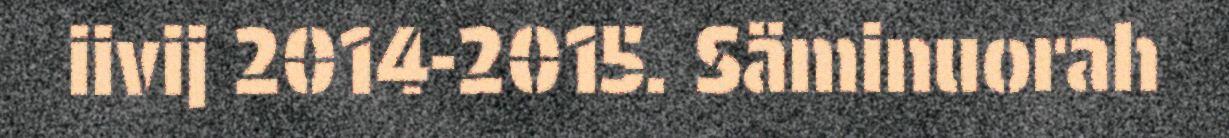
iivij 2014-2015. Säminuorah